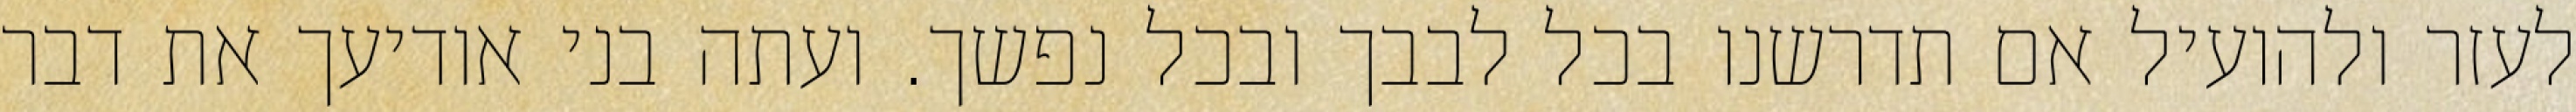
לעזר ולהועיל אם תדרשנו בכל לבבך ובכל נפשך. ועתה בני אודיעך את דבר